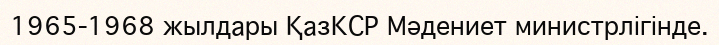
1965-1968 жылдары ҚазКСР Мәдениет министрлігінде.